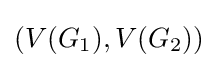
(V(G_{1}),V(G_{2}))